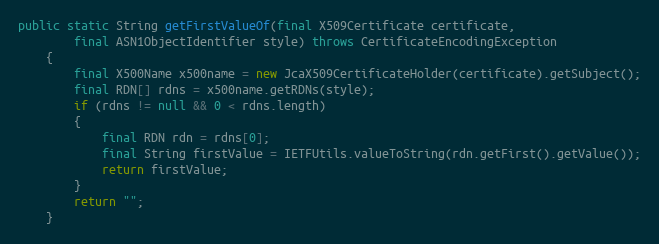
Language: Java
public static String getFirstValueOf(final X509Certificate certificate,
		final ASN1ObjectIdentifier style) throws CertificateEncodingException
	{
		final X500Name x500name = new JcaX509CertificateHolder(certificate).getSubject();
		final RDN[] rdns = x500name.getRDNs(style);
		if (rdns != null && 0 < rdns.length)
		{
			final RDN rdn = rdns[0];
			final String firstValue = IETFUtils.valueToString(rdn.getFirst().getValue());
			return firstValue;
		}
		return "";
	}